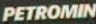
PETROMIN